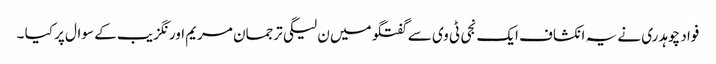
فواد چوہدری نے یہ انکشاف ایک نجی ٹی وی سے گفتگو میں ن لیگی ترجمان مریم اورنگزیب کے سوال پر کیا ۔